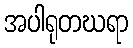
အပါရုတဃရာ